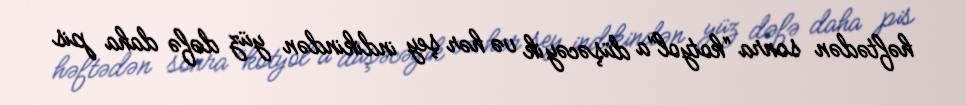
həftədən sonra “kotyol”a düşəcəyik və hər şey indikindən yüz dəfə daha pis